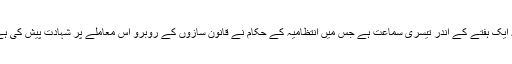
یہ ایک ہفتے کے اندر تیسری سماعت ہے جِس میں انتظامیہ کے حکام نے قانون سازوں کے روبرو اِس معاملے پر شہادت پیش کی ہے۔